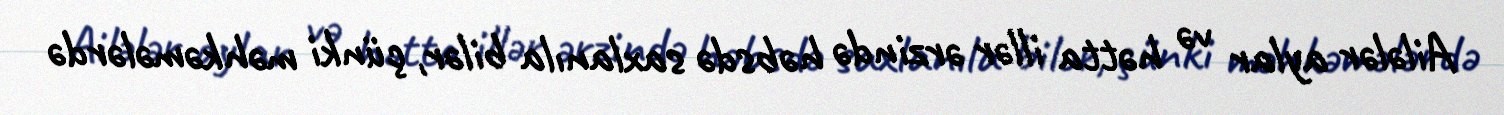
Ailələr aylar və hətta illər ərzində həbsdə saxlanıla bilər, çünki məhkəmələrdə